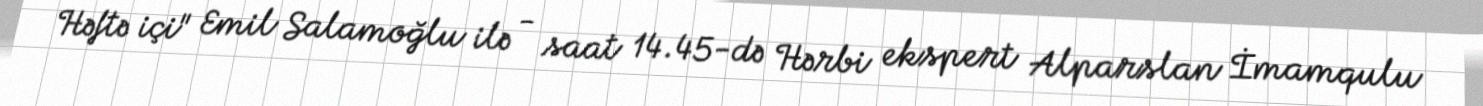
Həftə içi" Emil Salamoğlu ilə - saat 14.45-də Hərbi ekspert Alparslan İmamqulu